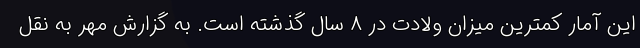
این آمار کمترین میزان ولادت در ۸ سال گذشته است. به گزارش مهر به نقل